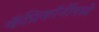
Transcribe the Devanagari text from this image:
कॅप्रिकॉर्नीमध्ये